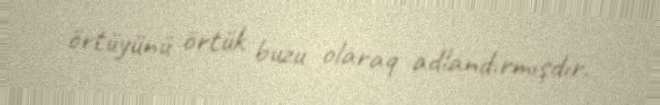
örtüyünü örtük buzu olaraq adlandırmışdır.